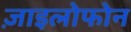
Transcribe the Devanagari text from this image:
ज़ाइलोफोन